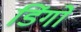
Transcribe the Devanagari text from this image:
डिंगों